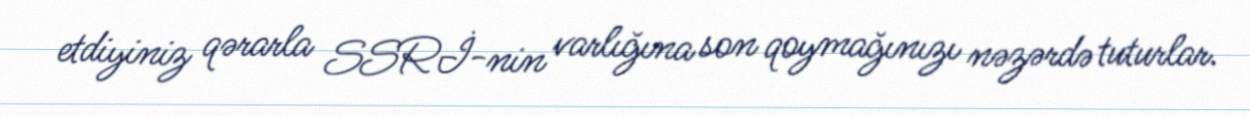
etdiyiniz qərarla SSRİ-nin varlığına son qoymağınızı nəzərdə tuturlar.